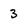
Character: 3